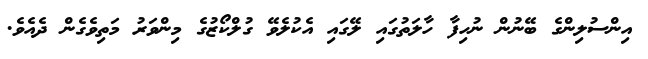
އިންސުލިންގެ ބޭނުން ނުހިފާ ހާލަތުގައި ލޭގައި އެކުލެވޭ ގުލްކޯޒުގެ މިންވަރު މަތިވެގެން ދެއެވެ.